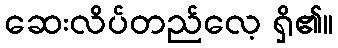
ဆေးလိပ်တည်လေ့ ရှိ၏။